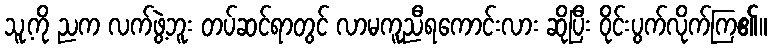
သူ့ကို ညက လက်ဖွဲ့ဘူး တပ်ဆင်ရာတွင် လာမကူညီရကောင်းလား ဆိုပြီး ဝိုင်းပွက်လိုက်ကြ၏။